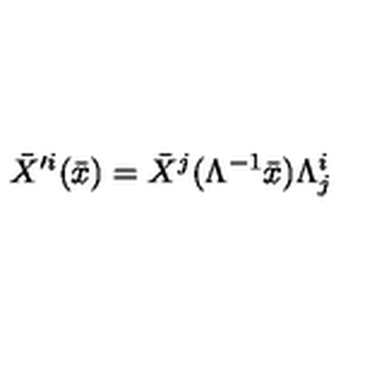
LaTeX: \bar { X } ^ { \prime i } ( \bar { x } ) = \bar { X } ^ { j } ( \Lambda ^ { - 1 } \bar { x } ) \Lambda _ { j } ^ { i }